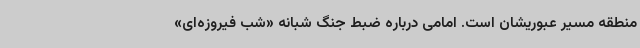
منطقه مسیر عبوریشان است. امامی درباره ضبط جنگ شبانه «شب فیروزه‌ای»